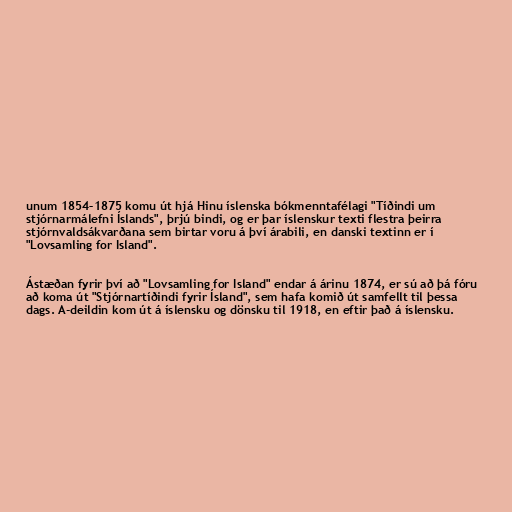
unum 1854–1875 komu út hjá Hinu íslenska bókmenntafélagi "Tíðindi um
stjórnarmálefni Íslands", þrjú bindi, og er þar íslenskur texti flestra þeirra
stjórnvaldsákvarðana sem birtar voru á því árabili, en danski textinn er í
"Lovsamling for Island".

Ástæðan fyrir því að "Lovsamling for Island" endar á árinu 1874, er sú að þá fóru
að koma út "Stjórnartíðindi fyrir Ísland", sem hafa komið út samfellt til þessa
dags. A-deildin kom út á íslensku og dönsku til 1918, en eftir það á íslensku.